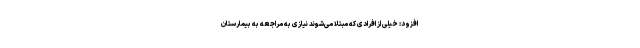
افزود: خیلی از افرادی که مبتلا می‌شوند نیازی به مراجعه به بیمارستان